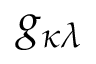
{ g } _ { \kappa \lambda }